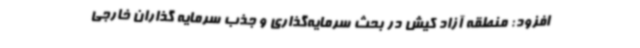
افزود: منطقه آزاد کیش در بحث سرمایه‌گذاری و جذب سرمایه گذاران خارجی